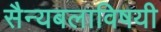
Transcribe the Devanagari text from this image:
सैन्यबलाविषयी